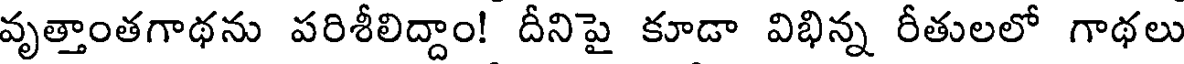
వృత్తాంతగాథను పరిశీలిద్దాం! దీనిపై కూడా విభిన్న రీతులలో గాథలు